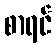
စာရင်